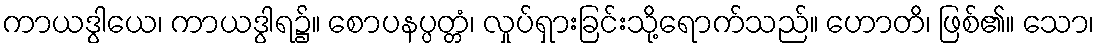
ကာယဒွါယေ၊ ကာယဒွါရ၌။ စောပနပ္ပတ္တံ၊ လှုပ်ရှားခြင်းသို့ရောက်သည်။ ဟောတိ၊ ဖြစ်၏။ သော၊